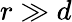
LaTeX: r\gg d